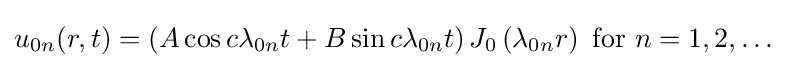
u_{0n}(r,t)=\left(A\cos c\lambda _{0n}t+B\sin c\lambda _{0n}t\right)J_{0}\left(\lambda _{0n}r\right){\text{ for }}n=1,2,\dots